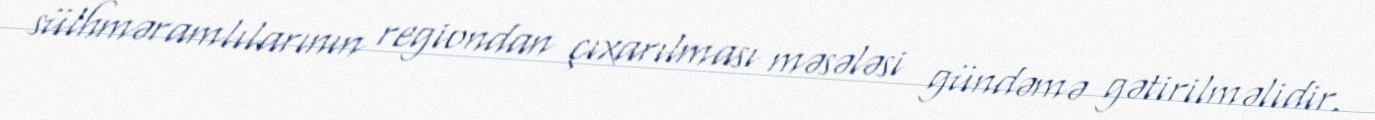
sülhməramlılarının regiondan çıxarılması məsələsi gündəmə gətirilməlidir.